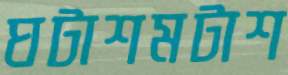
ঘটাশমটাশ